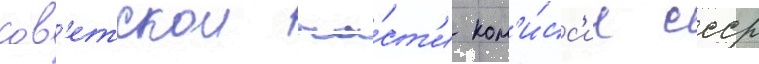
сов'етскои ча́ст'и ком'и́сс'ии ссср